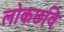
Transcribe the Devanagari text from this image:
लोकछवि